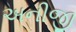
અનીજી